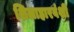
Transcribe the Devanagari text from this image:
शिलाहारवंशी